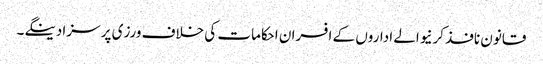
قانون نافذ کرنیوالے اداروں کے افسران احکامات کی خلاف ورزی پر سزا دینگے۔